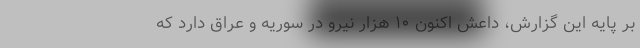
بر پایه این گزارش، داعش اکنون ۱۰ هزار نیرو در سوریه و عراق دارد که